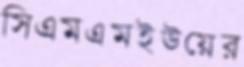
সিএমএমইউয়ের